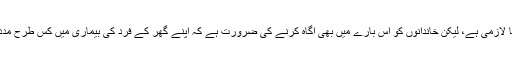
آگاہی پھیلانا لازمی ہے، لیکن خاندانوں کو اس بارے میں بھی آگاہ کرنے کی ضرورت ہے کہ اپنے گھر کے فرد کی بیماری میں کس طرح مدد کی جائے۔